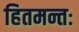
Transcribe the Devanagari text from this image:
हितमन्तः